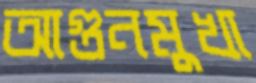
আগুনমুখা